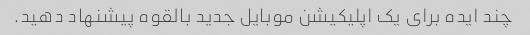
چند ایده برای یک اپلیکیشن موبایل جدید بالقوه پیشنهاد دهید.